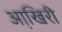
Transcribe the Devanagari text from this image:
आखि़री